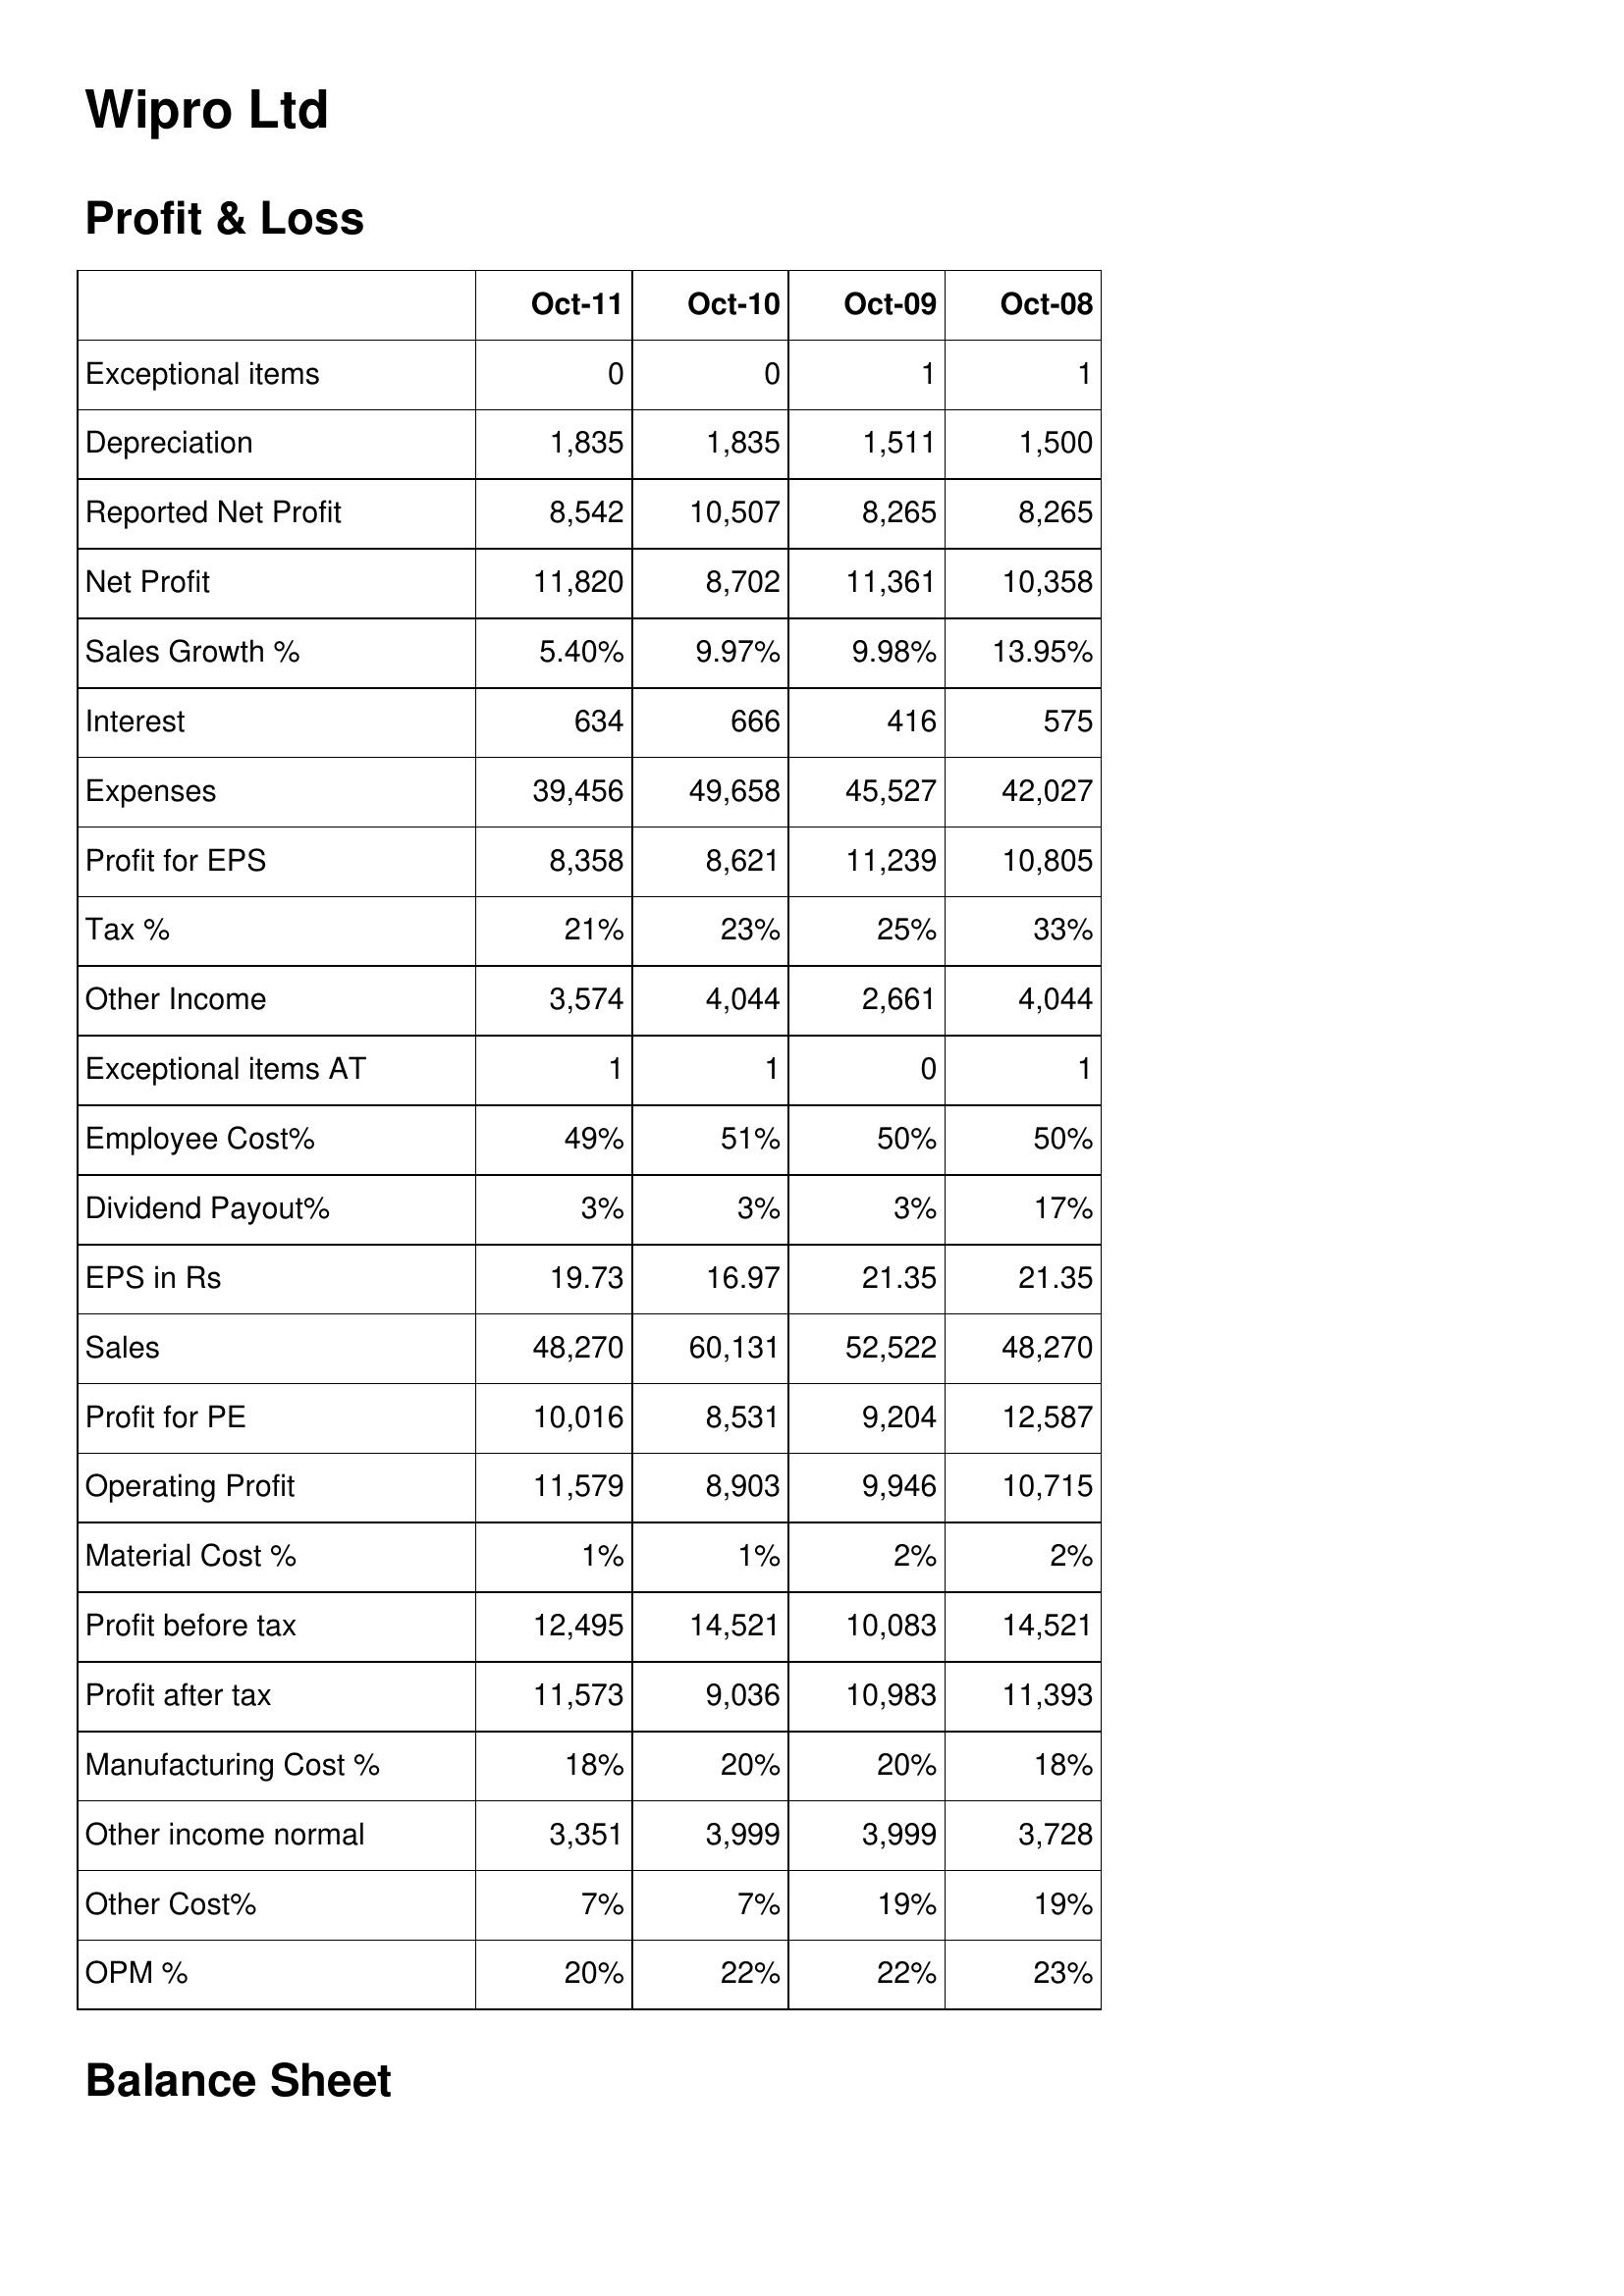
Oct-11: Profit & Loss: Exceptional items: 0
Depreciation: 1,835
Reported Net Profit: 8,542
Net Profit: 11,820
Sales Growth %: 5.40%
Interest: 634
Expenses: 39,456
Profit for EPS: 8,358
Tax %: 21%
Other Income: 3,574
Exceptional items AT: 1
Employee Cost%: 49%
Dividend Payout%: 3%
EPS in Rs: 19.73
Sales: 48,270
Profit for PE: 10,016
Operating Profit: 11,579
Material Cost %: 1%
Profit before tax: 12,495
Profit after tax: 11,573
Manufacturing Cost %: 18%
Other income normal: 3,351
Other Cost%: 7%
OPM %: 20%
Oct-10: Profit & Loss: Exceptional items: 0
Depreciation: 1,835
Reported Net Profit: 10,507
Net Profit: 8,702
Sales Growth %: 9.97%
Interest: 666
Expenses: 49,658
Profit for EPS: 8,621
Tax %: 23%
Other Income: 4,044
Exceptional items AT: 1
Employee Cost%: 51%
Dividend Payout%: 3%
EPS in Rs: 16.97
Sales: 60,131
Profit for PE: 8,531
Operating Profit: 8,903
Material Cost %: 1%
Profit before tax: 14,521
Profit after tax: 9,036
Manufacturing Cost %: 20%
Other income normal: 3,999
Other Cost%: 7%
OPM %: 22%
Oct-09: Profit & Loss: Exceptional items: 1
Depreciation: 1,511
Reported Net Profit: 8,265
Net Profit: 11,361
Sales Growth %: 9.98%
Interest: 416
Expenses: 45,527
Profit for EPS: 11,239
Tax %: 25%
Other Income: 2,661
Exceptional items AT: 0
Employee Cost%: 50%
Dividend Payout%: 3%
EPS in Rs: 21.35
Sales: 52,522
Profit for PE: 9,204
Operating Profit: 9,946
Material Cost %: 2%
Profit before tax: 10,083
Profit after tax: 10,983
Manufacturing Cost %: 20%
Other income normal: 3,999
Other Cost%: 19%
OPM %: 22%
Oct-08: Profit & Loss: Exceptional items: 1
Depreciation: 1,500
Reported Net Profit: 8,265
Net Profit: 10,358
Sales Growth %: 13.95%
Interest: 575
Expenses: 42,027
Profit for EPS: 10,805
Tax %: 33%
Other Income: 4,044
Exceptional items AT: 1
Employee Cost%: 50%
Dividend Payout%: 17%
EPS in Rs: 21.35
Sales: 48,270
Profit for PE: 12,587
Operating Profit: 10,715
Material Cost %: 2%
Profit before tax: 14,521
Profit after tax: 11,393
Manufacturing Cost %: 18%
Other income normal: 3,728
Other Cost%: 19%
OPM %: 23%